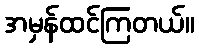
အမှန်ထင်ကြတယ်။